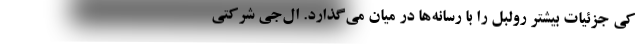
کِی جزئیات بیشتر رولبل را با رسانه‌ها در میان می‌گذارد. ال‌جی شرکتی